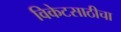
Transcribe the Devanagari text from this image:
विकेटसाठीचा